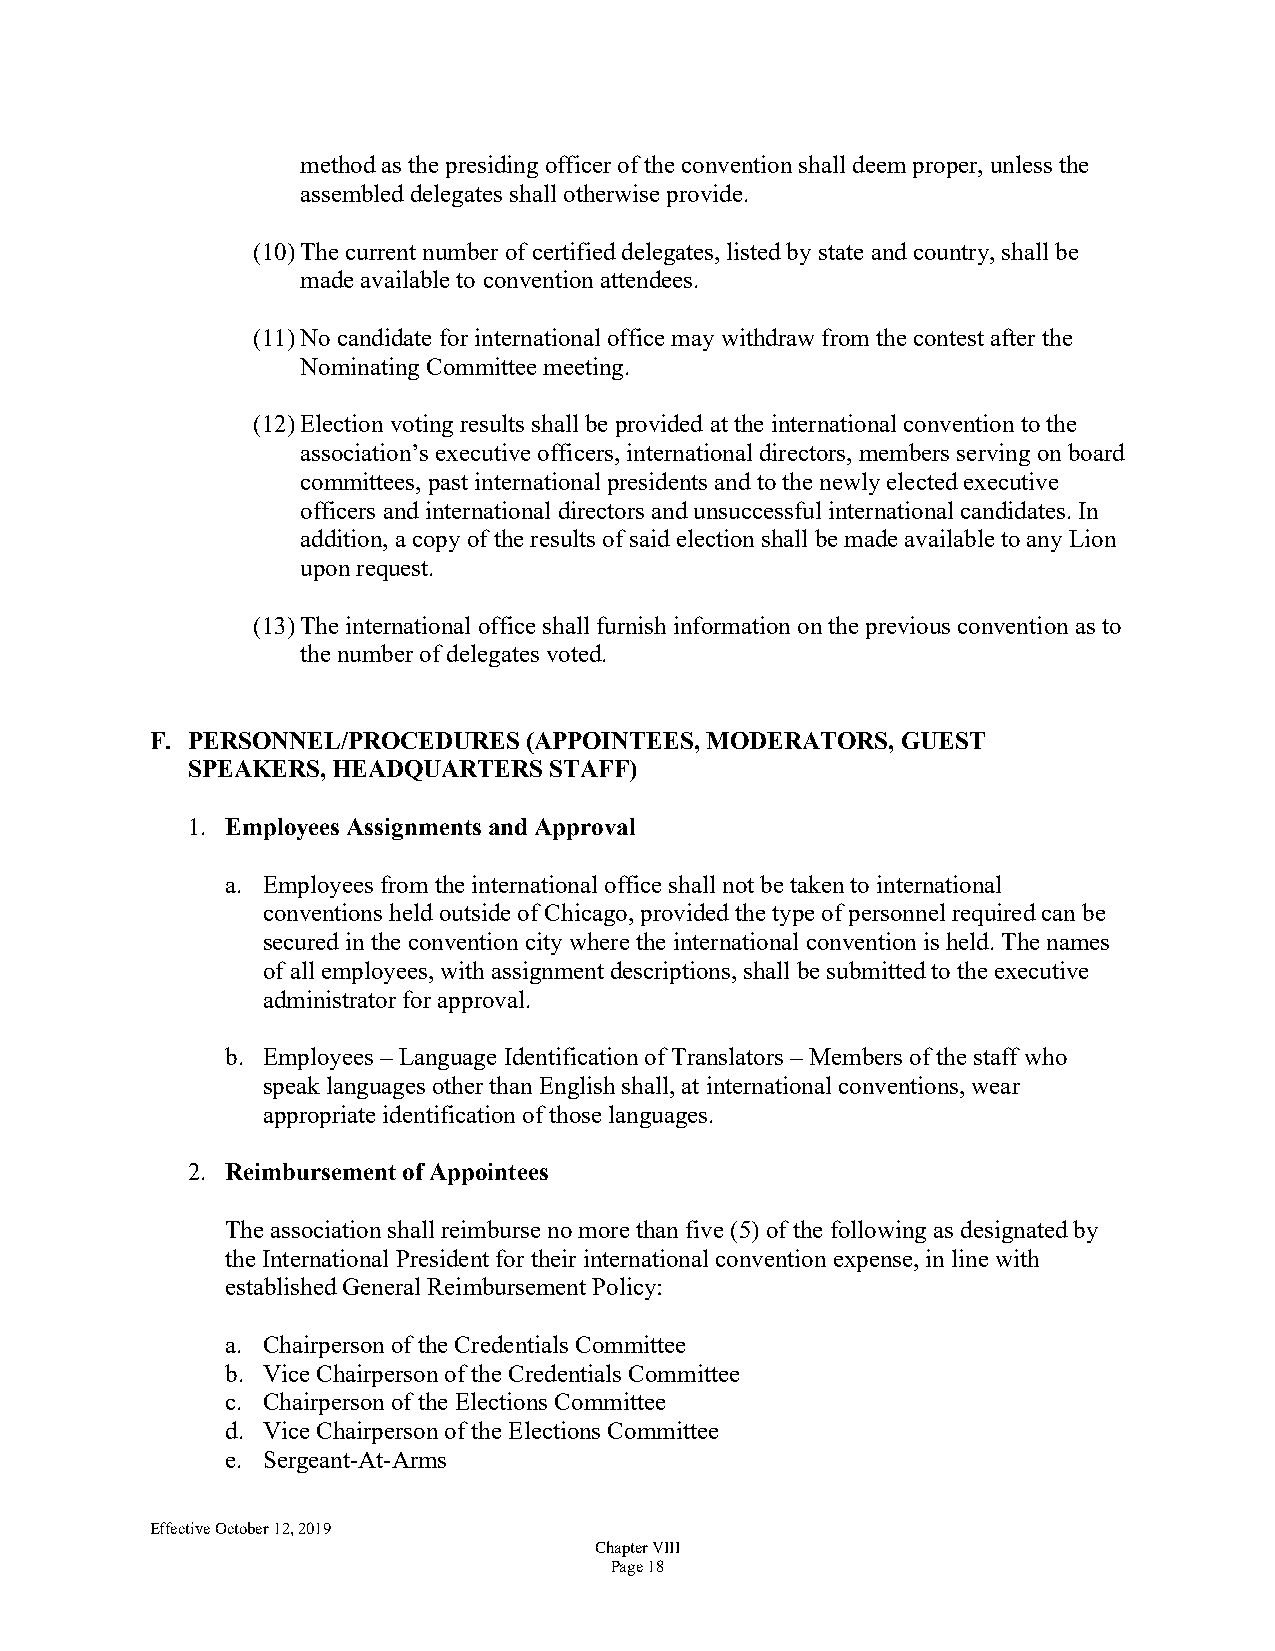
method as the presiding officer of the convention shall deem proper, unless the
 assembled delegates shall otherwise provide.
 (10) The current number of certified delegates, listed by state and country, shall be
 made available to convention attendees.
 (11) No candidate for international office may withdraw from the contest after the
 Nominating Committee meeting.
 (12) Election voting results shall be provided at the international convention to the
 association’s executive officers, international directors, members serving on board
 committees, past international presidents and to the newly elected executive
 officers and international directors and unsuccessful international candidates. In
 addition, a copy of the results of said election shall be made available to any Lion
 upon request.
 (13) The international office shall furnish information on the previous convention as to
 the number of delegates voted.
 F. PERSONNEL/PROCEDURES  (APPOINTEES, MODERATORS, GUEST
 SPEAKERS, HEADQUARTERS  STAFF)
 1. Employees Assignments and Approval
 a. Employees from the international office shall not be taken to international
 conventions held outside of Chicago, provided the type of personnel required can be
 secured in the convention city where the international convention is held. The names
 of all employees, with assignment descriptions, shall be submitted to the executive
 administrator for approval.
 b. Employees – Language Identification of Translators – Members of the staff who
 speak languages other than English shall, at international conventions, wear
 appropriate identification of those languages.
 2. Reimbursement of Appointees
 The association shall reimburse no more than five (5) of the following as designated by
 the International President for their international convention expense, in line with
 established General Reimbursement Policy:
 a. Chairperson of the Credentials Committee
 b. Vice Chairperson of the Credentials Committee
 c. Chairperson of the Elections Committee
 d. Vice Chairperson of the Elections Committee
 e. Sergeant-At-Arms
 Effective October 12, 2019
 Chapter VIII
 Page 18